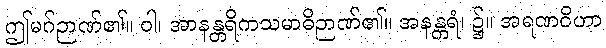
ဤမဂ်ဉာဏ်၏။ ဝါ၊ အာနန္တရိကသမာဓိဉာဏ်၏။ အနန္တရံ၊ ၌။ အရဏဝိဟာ